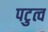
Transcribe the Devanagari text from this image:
पटुत्व